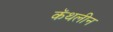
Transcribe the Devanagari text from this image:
कॅथलीन